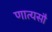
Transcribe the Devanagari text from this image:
णात्यसौ